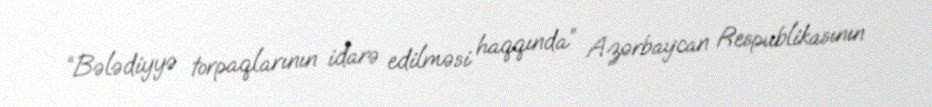
“Bələdiyyə torpaqlarının idarə edilməsi haqqında” Azərbaycan Respublikasının